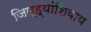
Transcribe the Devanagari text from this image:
जिल्ह्यांशिवाय